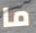
ما